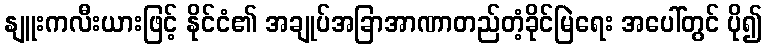
နျူးကလီးယားဖြင့် နိုင်ငံ၏ အချုပ်အခြာအာဏာတည်တံ့ခိုင်မြဲရေး အပေါ်တွင် ပို၍